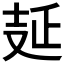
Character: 𠭐